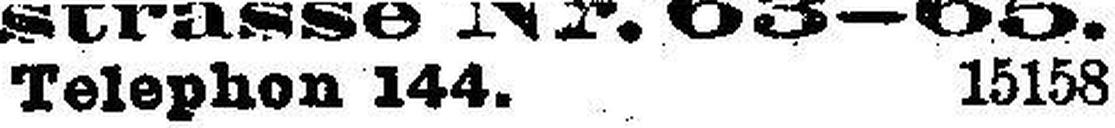
Telephon 144. 15158